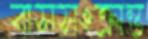
বাসসংক্রান্ত